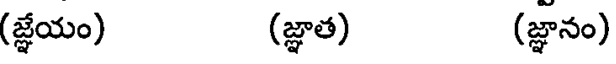
(జ్ఞేయం) (జ్ఞాత) (జ్ఞానం)